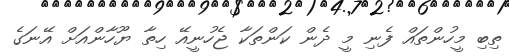
ތިބި މީހުންތައް ފެނި މީ ދެން ކަންތަކާ ޖެހުނީއޭ ހިތާ ޔޫހާންއަށް އޭނަގެ